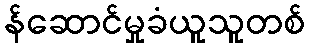
န်ဆောင်မှုခံယူသူတစ်